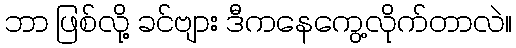
ဘာ ဖြစ်လို့ ခင်ဗျား ဒီကနေကွေ့လိုက်တာလဲ။